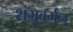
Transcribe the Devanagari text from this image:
शंभुवर्मन्